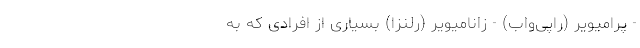
- پرامیویر (راپی‌واب) - زانامیویر (رلنزا) بسیاری از افرادی که به